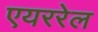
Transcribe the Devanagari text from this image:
एयररेल